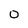
Character: 0